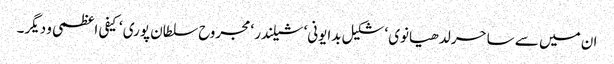
ان میں سے ساحر لدھیانوی ‘ شکیل بدایونی‘ شیلندر ‘ مجروح سلطان پوری ‘ کیفی اعظمی و دیگر۔